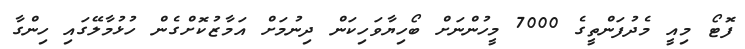
ފޮޓޯ މިއީ މެދުފަންތީގެ 7000 މީހުންނަށް ބޯހިޔާވަހިކަން ދިނުމަށް އަމާޒުކޮށްގެން ހުޅުމާލޭގައި ހިންގާ